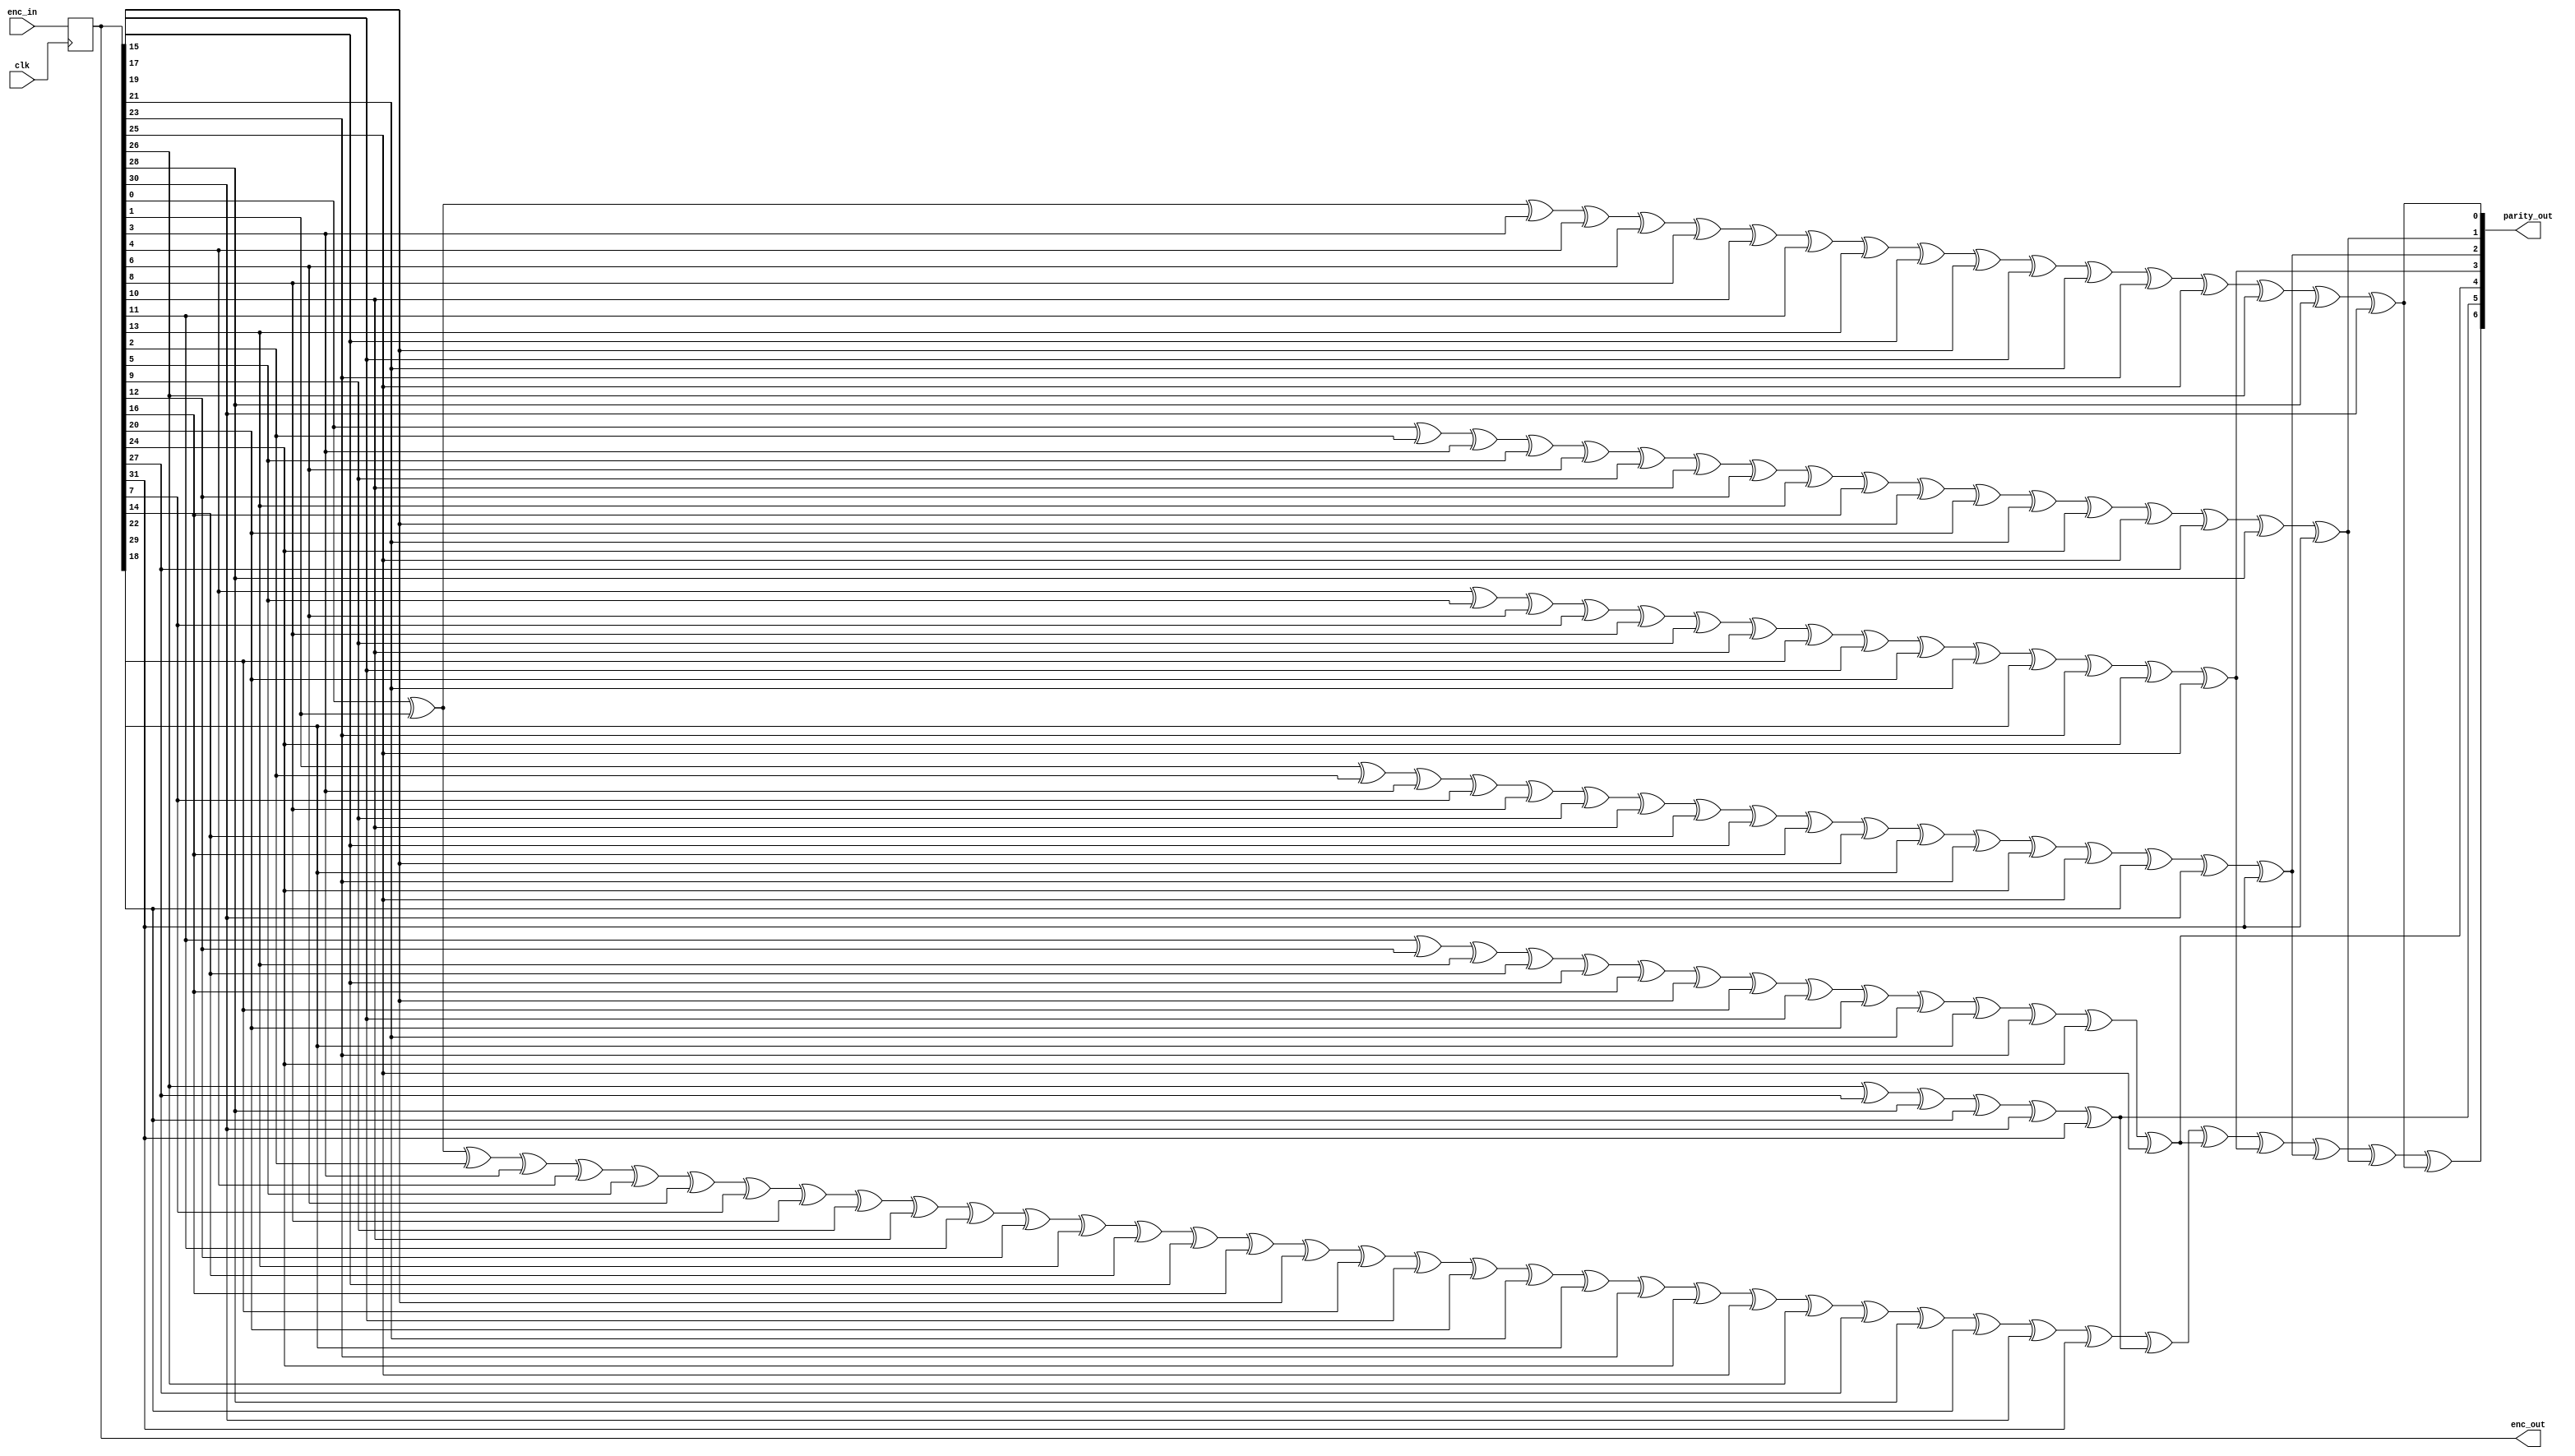
// This  Verilog HDL  source  file was  automatically generated
// by C++ model based on VPP library. Modification of this file
// is possible, but if you want to keep it in sync with the C++
// model,  please  modify  the model and re-generate this file.
// VPP library web-page: http://www.phys.ufl.edu/~madorsky/vpp/

// Timestamp : Fri Mar 22 16:34:01 2019

module ecc32_encode
(
    enc_in,
    enc_out,
    parity_out,
    clk
);

    input [31:0] enc_in;
    output [31:0] enc_out;
    reg    [31:0] enc_out;
    output [6:0] parity_out;
    input clk;

    wire [6:0] enc_chk;
    always @(posedge clk) 
    begin
        enc_out = enc_in;
    end
    assign enc_chk[0] = ((((((((((((((((enc_out[0] ^ enc_out[1]) ^ enc_out[3]) ^ enc_out[4]) ^ enc_out[6]) ^ enc_out[8]) ^ enc_out[10]) ^ enc_out[11]) ^ enc_out[13]) ^ enc_out[15]) ^ enc_out[17]) ^ enc_out[19]) ^ enc_out[21]) ^ enc_out[23]) ^ enc_out[25]) ^ enc_out[26]) ^ enc_out[28]) ^ enc_out[30];
    assign enc_chk[1] = ((((((((((((((((enc_out[0] ^ enc_out[2]) ^ enc_out[3]) ^ enc_out[5]) ^ enc_out[6]) ^ enc_out[9]) ^ enc_out[10]) ^ enc_out[12]) ^ enc_out[13]) ^ enc_out[16]) ^ enc_out[17]) ^ enc_out[20]) ^ enc_out[21]) ^ enc_out[24]) ^ enc_out[25]) ^ enc_out[27]) ^ enc_out[28]) ^ enc_out[31];
    assign enc_chk[2] = ((((((((((((((((enc_out[1] ^ enc_out[2]) ^ enc_out[3]) ^ enc_out[7]) ^ enc_out[8]) ^ enc_out[9]) ^ enc_out[10]) ^ enc_out[14]) ^ enc_out[15]) ^ enc_out[16]) ^ enc_out[17]) ^ enc_out[22]) ^ enc_out[23]) ^ enc_out[24]) ^ enc_out[25]) ^ enc_out[29]) ^ enc_out[30]) ^ enc_out[31];
    assign enc_chk[3] = (((((((((((((enc_out[4] ^ enc_out[5]) ^ enc_out[6]) ^ enc_out[7]) ^ enc_out[8]) ^ enc_out[9]) ^ enc_out[10]) ^ enc_out[18]) ^ enc_out[19]) ^ enc_out[20]) ^ enc_out[21]) ^ enc_out[22]) ^ enc_out[23]) ^ enc_out[24]) ^ enc_out[25];
    assign enc_chk[4] = (((((((((((((enc_out[11] ^ enc_out[12]) ^ enc_out[13]) ^ enc_out[14]) ^ enc_out[15]) ^ enc_out[16]) ^ enc_out[17]) ^ enc_out[18]) ^ enc_out[19]) ^ enc_out[20]) ^ enc_out[21]) ^ enc_out[22]) ^ enc_out[23]) ^ enc_out[24]) ^ enc_out[25];
    assign enc_chk[5] = ((((enc_out[26] ^ enc_out[27]) ^ enc_out[28]) ^ enc_out[29]) ^ enc_out[30]) ^ enc_out[31];
    assign enc_chk[6] = ((((((((((((((((((((((((((((((((((((enc_out[0] ^ enc_out[1]) ^ enc_out[2]) ^ enc_out[3]) ^ enc_out[4]) ^ enc_out[5]) ^ enc_out[6]) ^ enc_out[7]) ^ enc_out[8]) ^ enc_out[9]) ^ enc_out[10]) ^ enc_out[11]) ^ enc_out[12]) ^ enc_out[13]) ^ enc_out[14]) ^ enc_out[15]) ^ enc_out[16]) ^ enc_out[17]) ^ enc_out[18]) ^ enc_out[19]) ^ enc_out[20]) ^ enc_out[21]) ^ enc_out[22]) ^ enc_out[23]) ^ enc_out[24]) ^ enc_out[25]) ^ enc_out[26]) ^ enc_out[27]) ^ enc_out[28]) ^ enc_out[29]) ^ enc_out[30]) ^ enc_out[31]) ^ enc_chk[5]) ^ enc_chk[4]) ^ enc_chk[3]) ^ enc_chk[2]) ^ enc_chk[1]) ^ enc_chk[0];
    assign parity_out = enc_chk;
endmodule